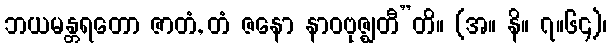
ဘယမန္တရတော ဇာတံ, တံ ဇနော နာဝဗုဇ္ဈတီ”တိ။ (အ။ နိ။ ၇။၆၄)၊